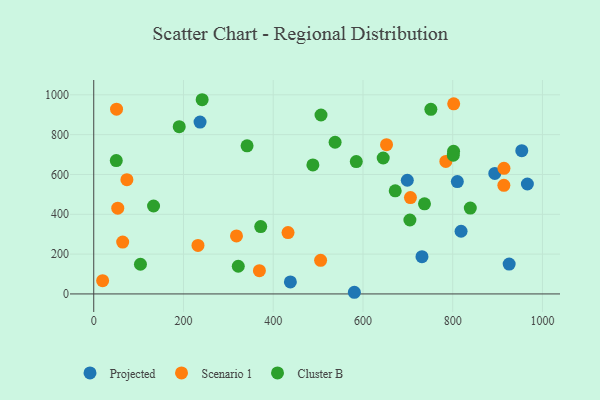
{"axis": {"x": "Engine Size", "y": "Demand"}, "legend": ["Cluster B", "Projected", "Scenario 1"], "data": [{"x": "818.6", "y": 314.7, "type": "Projected"}, {"x": "236.9", "y": 863.0, "type": "Projected"}, {"x": "698.8", "y": 571.0, "type": "Projected"}, {"x": "810.3", "y": 564.5, "type": "Projected"}, {"x": "893.8", "y": 605.3, "type": "Projected"}, {"x": "925.8", "y": 150.0, "type": "Projected"}, {"x": "731.5", "y": 187.1, "type": "Projected"}, {"x": "580.8", "y": 8.3, "type": "Projected"}, {"x": "953.9", "y": 719.6, "type": "Projected"}, {"x": "438.2", "y": 60.4, "type": "Projected"}, {"x": "966.4", "y": 552.0, "type": "Projected"}, {"x": "652.5", "y": 749.7, "type": "Scenario 1"}, {"x": "53.5", "y": 430.6, "type": "Scenario 1"}, {"x": "64.5", "y": 260.6, "type": "Scenario 1"}, {"x": "505.6", "y": 168.9, "type": "Scenario 1"}, {"x": "433.0", "y": 308.1, "type": "Scenario 1"}, {"x": "369.2", "y": 116.9, "type": "Scenario 1"}, {"x": "318.1", "y": 291.5, "type": "Scenario 1"}, {"x": "19.8", "y": 66.7, "type": "Scenario 1"}, {"x": "232.3", "y": 243.4, "type": "Scenario 1"}, {"x": "802.2", "y": 954.8, "type": "Scenario 1"}, {"x": "73.9", "y": 573.9, "type": "Scenario 1"}, {"x": "705.8", "y": 484.1, "type": "Scenario 1"}, {"x": "914.0", "y": 545.7, "type": "Scenario 1"}, {"x": "914.2", "y": 631.0, "type": "Scenario 1"}, {"x": "784.7", "y": 665.3, "type": "Scenario 1"}, {"x": "50.8", "y": 927.8, "type": "Scenario 1"}, {"x": "341.7", "y": 743.7, "type": "Cluster B"}, {"x": "104.1", "y": 149.1, "type": "Cluster B"}, {"x": "737.1", "y": 452.6, "type": "Cluster B"}, {"x": "537.9", "y": 761.7, "type": "Cluster B"}, {"x": "506.5", "y": 898.6, "type": "Cluster B"}, {"x": "133.3", "y": 441.5, "type": "Cluster B"}, {"x": "372.1", "y": 338.2, "type": "Cluster B"}, {"x": "801.9", "y": 716.0, "type": "Cluster B"}, {"x": "839.2", "y": 431.3, "type": "Cluster B"}, {"x": "190.5", "y": 840.1, "type": "Cluster B"}, {"x": "704.6", "y": 371.3, "type": "Cluster B"}, {"x": "488.4", "y": 648.1, "type": "Cluster B"}, {"x": "50.2", "y": 669.8, "type": "Cluster B"}, {"x": "645.1", "y": 682.6, "type": "Cluster B"}, {"x": "671.9", "y": 518.0, "type": "Cluster B"}, {"x": "322.1", "y": 139.0, "type": "Cluster B"}, {"x": "585.1", "y": 664.9, "type": "Cluster B"}, {"x": "241.6", "y": 975.4, "type": "Cluster B"}, {"x": "801.3", "y": 697.1, "type": "Cluster B"}, {"x": "751.3", "y": 927.1, "type": "Cluster B"}]}